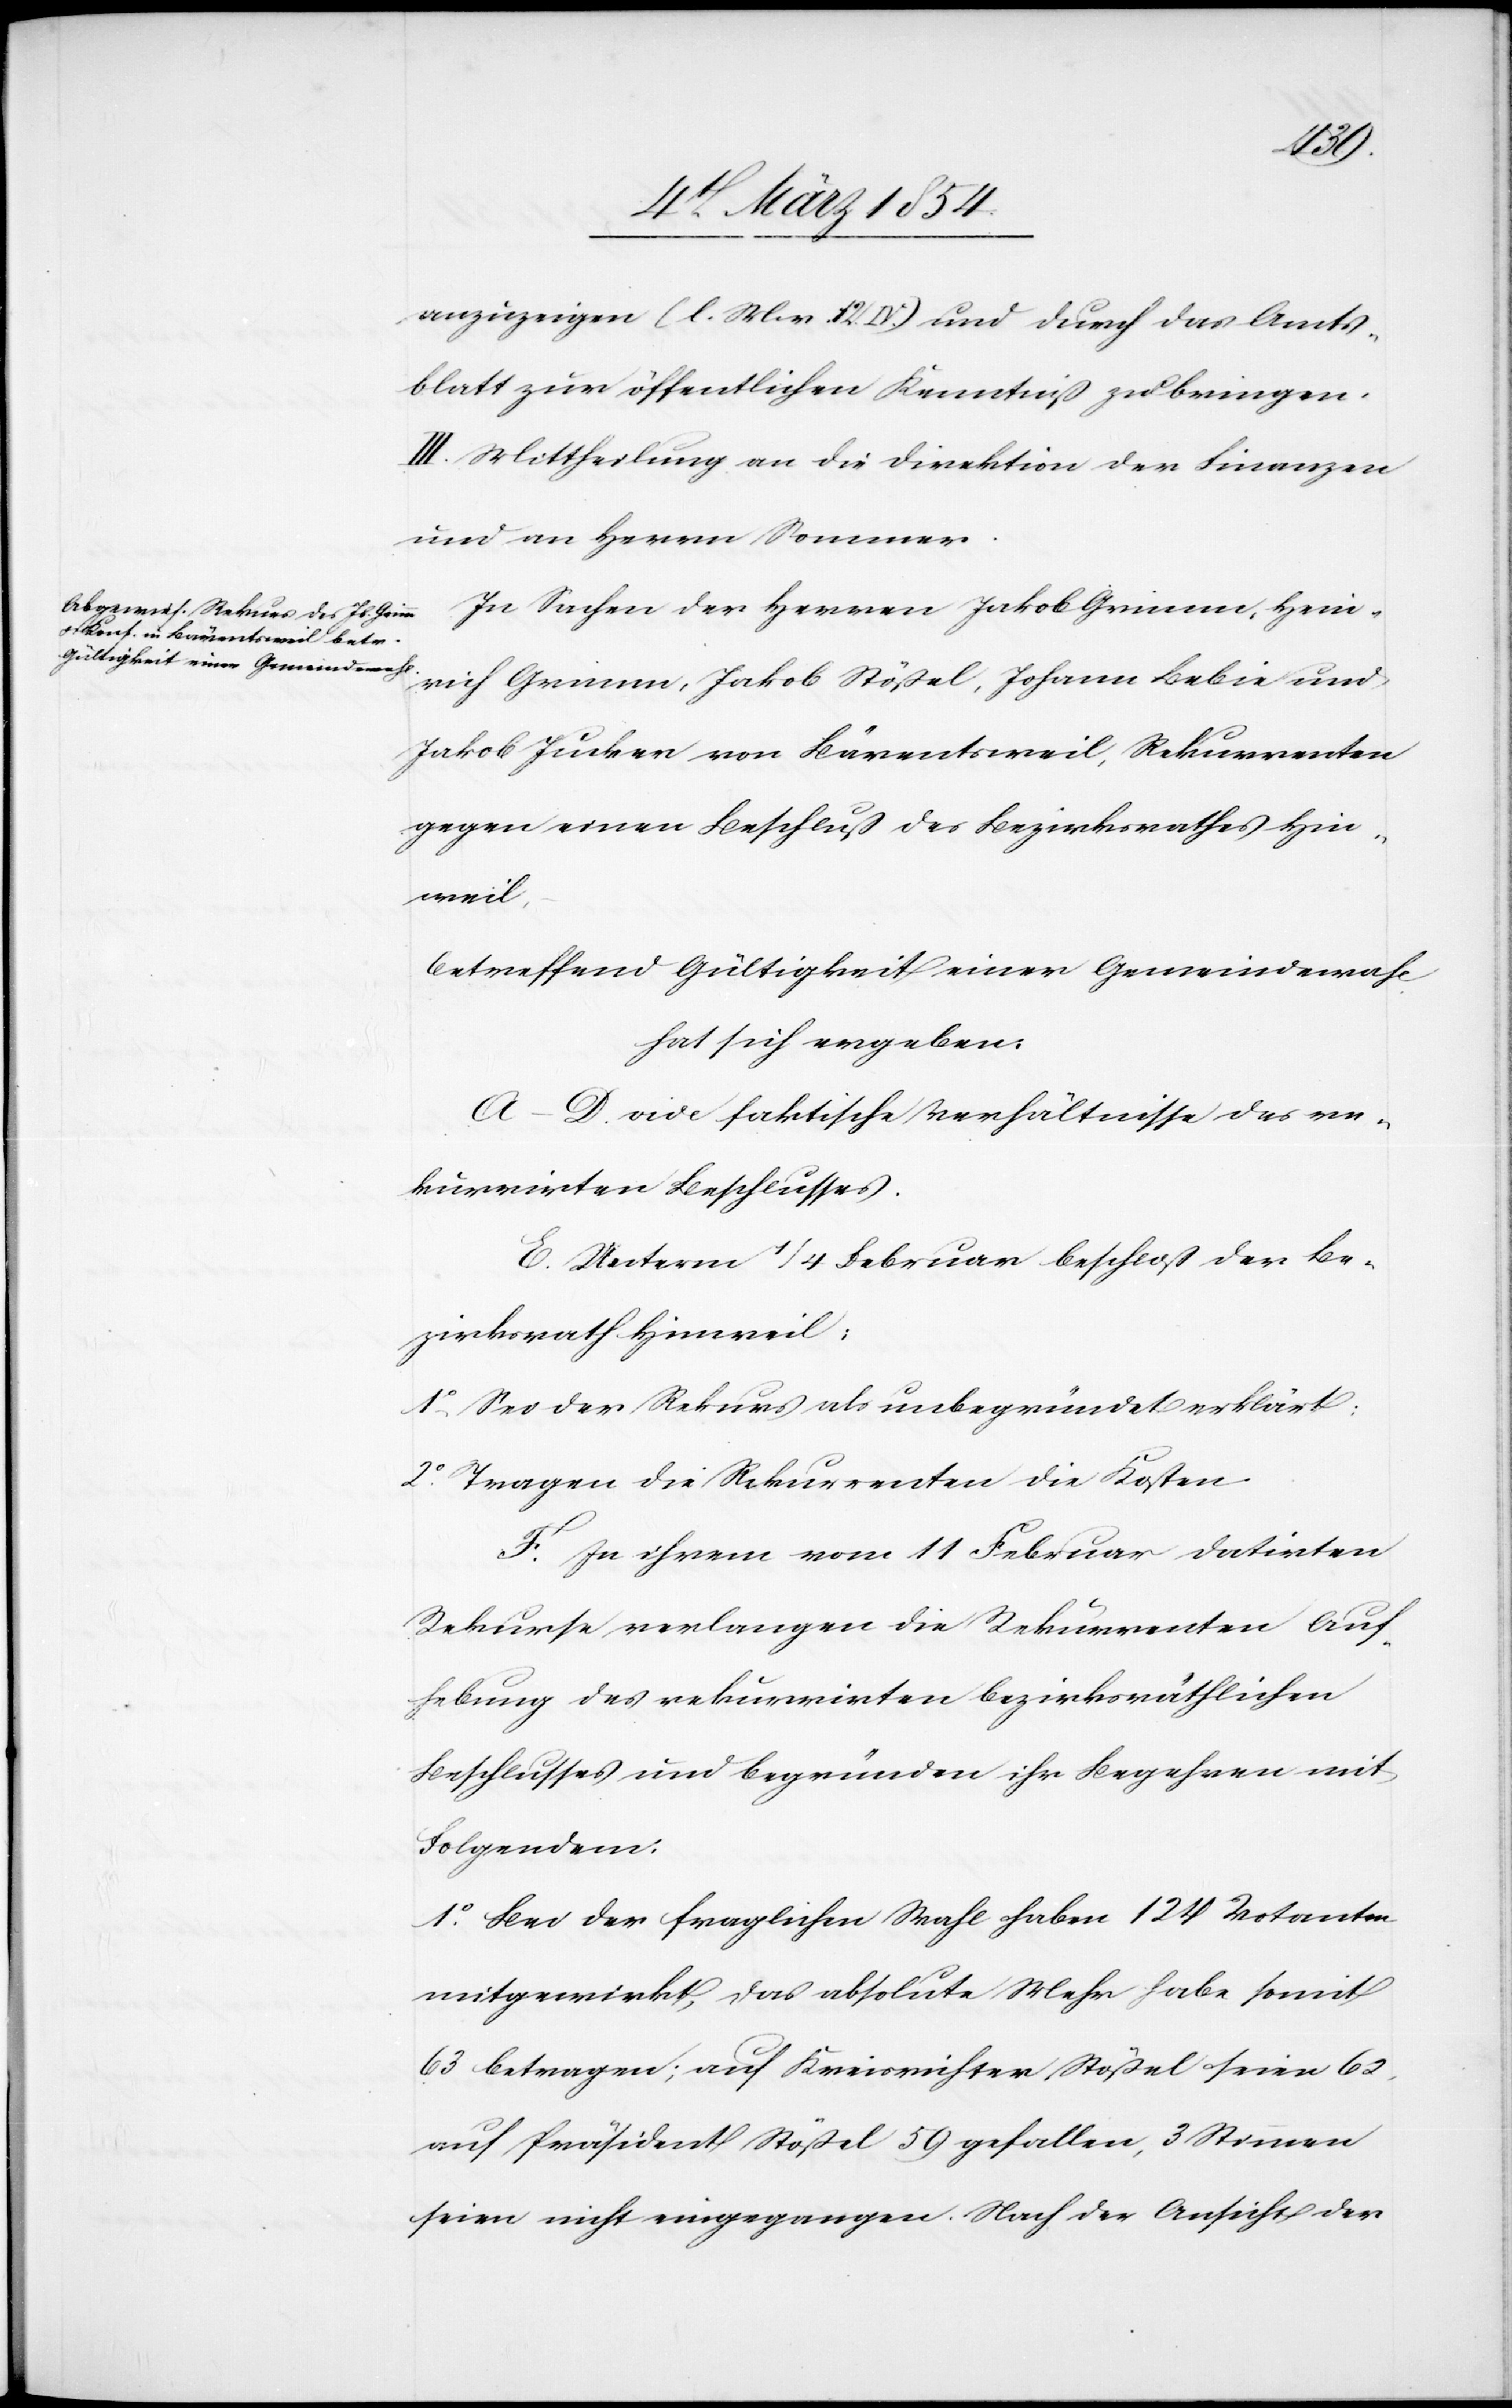
anzuzeigen (l. M. v. 14. IV.) und durch das Amts¬
blatt zur öffentlichen Kenntniß zu bringen.
III. Mittheilung an die Direktion der Finanzen
und an Herrn Sommer.
In Sachen des Herrn Jakob Grimm, Hein¬
rich Grimm, Jakob Stößel, Johann Bebie und
Jakob Junker von Bärentsweil, Rekurrenten
gegen einen Beschluß des Bezirksrathes Hin¬
weil,
betreffend Gültigkeit einer Gemeindewahl
hat sich ergeben:
A–D vide faktische Verhältnisse des re¬
kurrirten Beschlusses.
E. Unterm 1/4 Februar beschloß der Be¬
zirksrath Hinweil:
1o Sei der Rekurs als unbegründet erklärt:
2o Tragen die Rekurrenten die Kosten.
F. In ihrem vom 11 Februar datirten
Rekurse verlangen die Rekurrenten Auf¬
hebung des rekurrirten bezirksräthlichen
Beschlusses und begründen ihr Begehren mit
Folgendem:
1o Bei der fraglichen Wahl haben 124 Notanten
mitgewirkt, das absolute Mehr habe somit
63 betragen; auf Kreisrichter Stößel seien 62,
auf Präsident Stößel 59 gefallen, 3 Stimmen
seien nicht eingegangen. Nach der Ansicht der